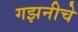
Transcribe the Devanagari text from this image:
गझनीचे